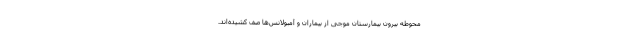
محوطه بیرون بیمارستان موجی از بیماران و آمبولانس‌ها صف کشیده‌اند.